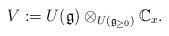
LaTeX: \begin{align*}V := U(\mathfrak g) \otimes_{ U(\mathfrak g_{\geq 0}) } \mathbb C_x.\end{align*}